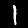
Digit: 1